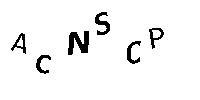
ACNSCP